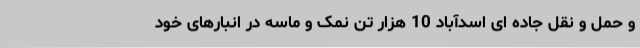
و حمل و نقل جاده ای اسدآباد 10 هزار تن نمک و ماسه در انبارهای خود